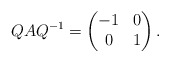
\begin{align*}Q AQ^{-1}=\begin{pmatrix}-1 & 0 \\0 & 1\end{pmatrix}.\end{align*}